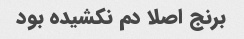
برنج اصلا دم نکشیده بود